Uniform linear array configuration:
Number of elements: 24
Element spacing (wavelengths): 0.25
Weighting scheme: hann
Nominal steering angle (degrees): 45
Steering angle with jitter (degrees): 45.587
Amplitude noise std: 0.05
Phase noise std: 0.05

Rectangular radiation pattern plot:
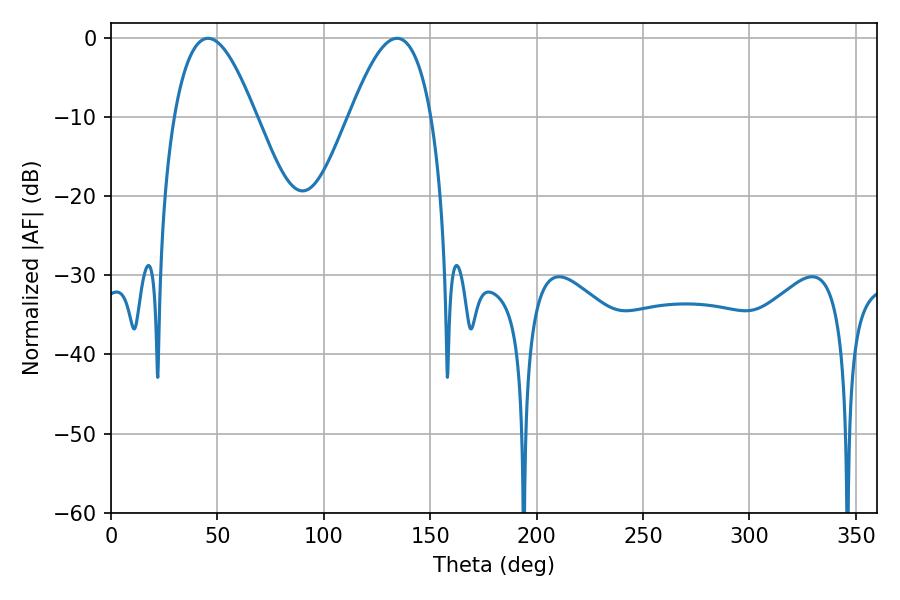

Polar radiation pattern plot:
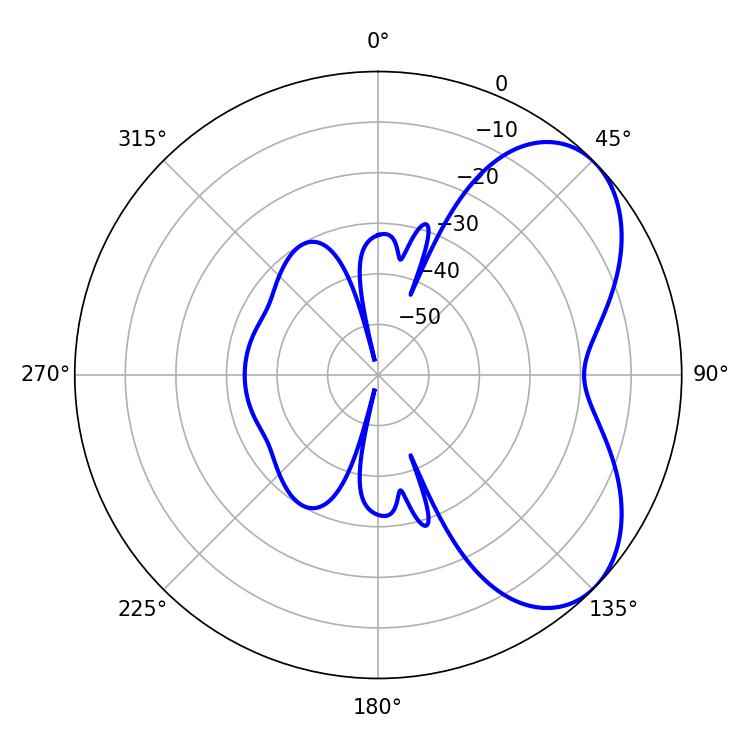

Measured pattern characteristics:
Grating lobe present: FALSE
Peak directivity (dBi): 5.347
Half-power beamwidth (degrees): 20.88
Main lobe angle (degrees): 45.54